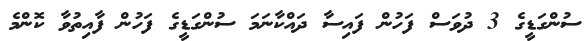
ސުންގަޑީގެ 3 ދުވަސް ފަހުން ފައިސާ ދައްކާނަމަ ސުންގަޑީގެ ފަހުން ފާއިތުވާ ކޮންމެ